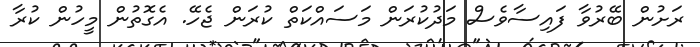
ރަށުން ބޭރުވާ ފައިސާވެސް މަދުކުރަން މަސައްކަތް ކުރަން ޖެހޭ. އެގޮތުން މީހުން ކުރާ